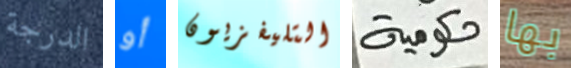
الدرجة أو التليفزيون حكومية بها